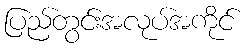
ပြည်တွင်းအလုပ်အကိုင်